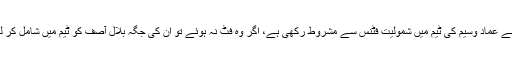
سلیکٹروں نے عماد وسیم کی ٹیم میں شمولیت فٹنس سے مشروط رکھی ہے، اگر وہ فٹ نہ ہوئے تو ان کی جگہ بلال آصف کو ٹیم میں شامل کر لیا جائے گا۔